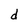
Character: d